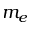
m _ { e }